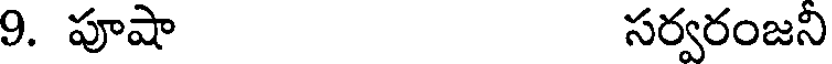
9. పూషా సర్వరంజని